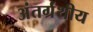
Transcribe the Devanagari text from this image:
अंतर्ग्रंथीय